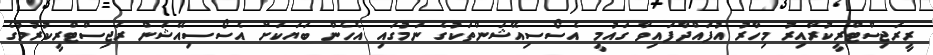
ރީރަޖިސްޓްރީކުރާއިރު މިހާރު އުފައްދާފައިވާ ގައުމީ އެސޯސިއޭޝަންތަކުގެ ނަމުގައި އެހެން ބަޔަކަށް އެސޯސިއޭޝަން ރަޖިސްޓްރީކުރުމުގެ